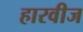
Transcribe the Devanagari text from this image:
हारवीज